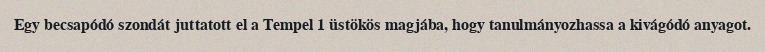
Egy becsapódó szondát juttatott el a Tempel 1 üstökös magjába, hogy tanulmányozhassa a kivágódó anyagot.